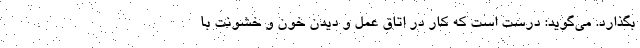
بگذارد. می‌گوید: درست است که کار در اتاق عمل و دیدن خون و خشونت با